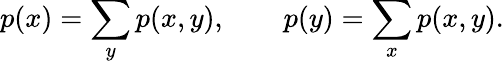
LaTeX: p(x)=\sum_{y}p(x,y),\qquad p(y)=\sum_{x}p(x,y).